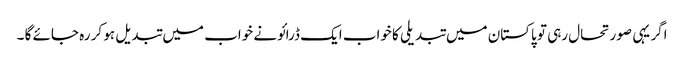
اگر یہی صورتحال رہی تو پاکستان میں تبدیلی کا خواب ایک ڈرائونے خواب میں تبد یل ہو کر رہ جائے گا ۔